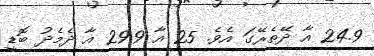
24.9 އާ ދޭތެރޭގަ އެވެ. 25 އާ 29.9 އާ ދެމެދު ބޮޑީ